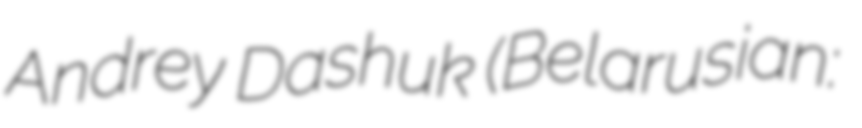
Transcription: Andrey Dashuk (Belarusian: Андрэй